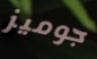
جوميز